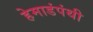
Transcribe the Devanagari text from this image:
हेमाडंपंथी